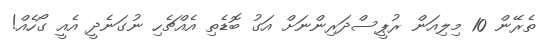
ތެރޭން 10 މިލިއަން ރުޕީސްދަރިންނަށް އަގު ބޮޑެތި އެއްޗެހި ނުގަނެދީ އެއީ ގޯހެއް!